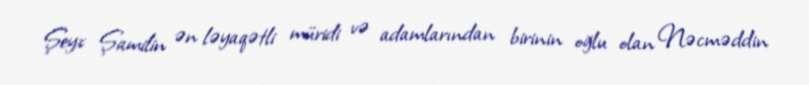
Şeyx Şamilin ən ləyaqətli müridi və adamlarından birinin oğlu olan Nəcməddin